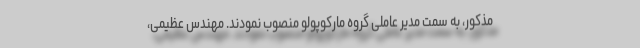
مذکور، به سمت مدیر عاملی گروه مارکوپولو منصوب نمودند. مهندس عظیمی،